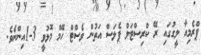
ޕްރެމިއާ ލީގުގައި ރޭ ކްރިސްޓަލް ޕެލަސް އަތުން ވެސްޓް ހޭމް މޮޅުވީ 3-1އިންނެވެ.